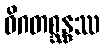
ဝိဂတစ္ဆန္ဒဿ